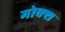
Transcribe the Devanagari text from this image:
मोक्श